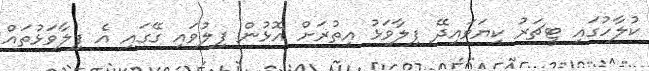
ކުލާހުގައި ޓީޗަރު ކިޔަވައިދޭ ފިލާވަޅު އިތުރަށް އޮޅުން ފިލުވައި ގޭގައި އެ ފިލާވަޅުތައް